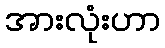
အားလုံးဟာ